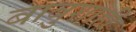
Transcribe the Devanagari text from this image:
बाबुशाही